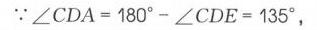
$\because\angle CDA = 180^{\circ}-\angle CDE = 135^{\circ}$，